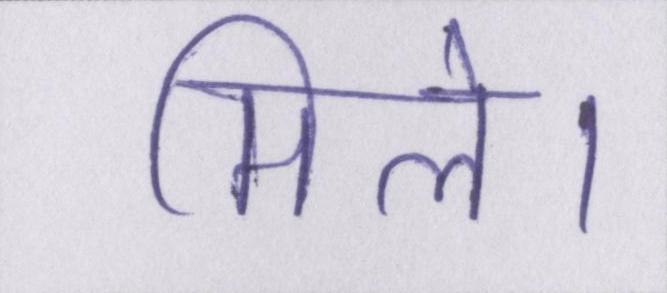
मिले।